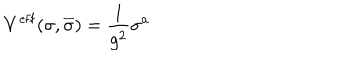
V ^ { \mathrm { e f f } } ( \sigma , \overline { { { \sigma } } } ) = \frac { 1 } { g ^ { 2 } } \sigma ^ { a }